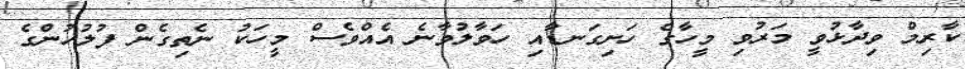
ކާރިމް ވިދާޅުވީ މަރުވި މީހާގެ ހަށިގަނޑާއި ހަވާލުވާނެ އެއްވެސް މީހަކު ނެތިގެން ފުލުހުންގެ